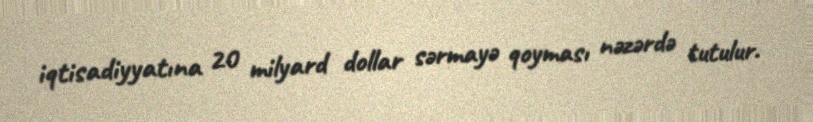
iqtisadiyyatına 20 milyard dollar sərmayə qoyması nəzərdə tutulur.